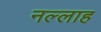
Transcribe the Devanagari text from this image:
नल्‍लाह